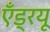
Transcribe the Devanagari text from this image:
एँड्रयू